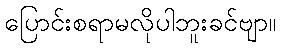
ပြောင်းစရာမလိုပါဘူးခင်ဗျာ။